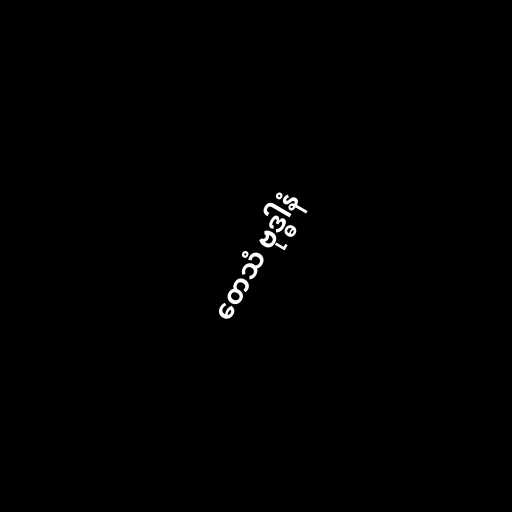
တေသံ ဗုဒ္ဓါနံ